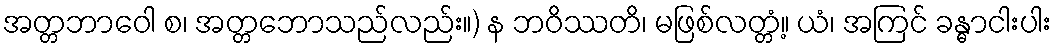
အတ္တဘာဝေါ စ၊ အတ္တဘောသည်လည်း။) န ဘဝိဿတိ၊ မဖြစ်လတ္တံ့။ ယံ၊ အကြင် ခန္ဓာငါးပါး